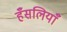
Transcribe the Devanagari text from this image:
हँसलियाँ